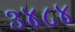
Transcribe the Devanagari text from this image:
३४८४